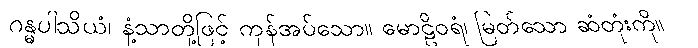
ဂန္ဓပါသိယံ၊ နံ့သာတို့ဖြင့် ကုန်အပ်သော။ မောဠိဝရံ၊ မြတ်သော ဆံတုံးကို။